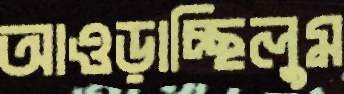
আওড়াচ্ছিলুম